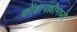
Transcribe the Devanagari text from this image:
कोंडापल्लीमध्ये